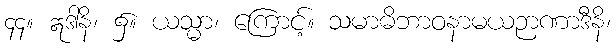
၄၄။ ဣဒါနိ၊ ၌။ ယသ္မာ၊ ကြောင့်။ သမာဓိဘာဝနာမယဉာဏာဒီနိ၊